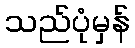
သည်ပုံမှန်